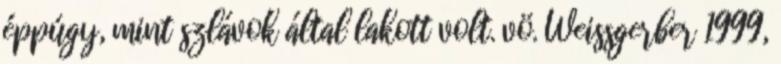
éppúgy, mint szlávok által lakott volt. vö. Weissgerber 1999,